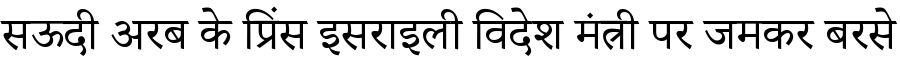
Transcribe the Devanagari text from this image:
सऊदी अरब के प्रिंस इसराइली विदेश मंत्री पर जमकर बरसे